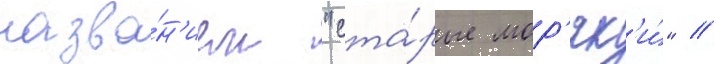
назва́н'ием "ста́рые мор'як'и́" //